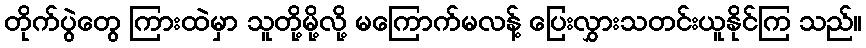
တိုက်ပွဲတွေ ကြားထဲမှာ သူတို့မို့လို့ မကြောက်မလန့် ပြေးလွှားသတင်းယူနိုင်ကြ သည်။